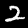
Digit: 2